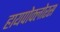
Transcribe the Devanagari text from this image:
हायपोक्लोरस